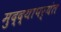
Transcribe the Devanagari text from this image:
मुद्द्‍यापर्यंत